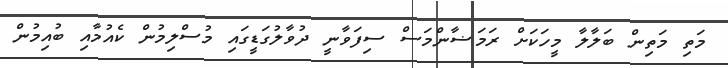
މަތި މަތިން ބަލާލާ މީހަކަށް ރަމަޟާންމަސް ސިފަވާނީ ދުވާލުގަޑީގައި މުސްލިމުން ކެއުމާއި ބުއިމުން